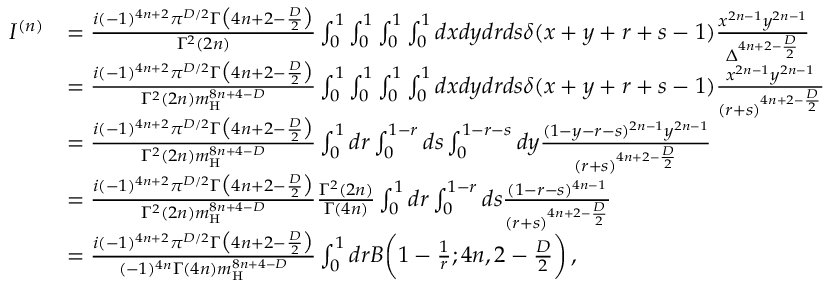
\begin{array} { r l } { I ^ { ( n ) } } & { = \frac { i ( - 1 ) ^ { 4 n + 2 } \pi ^ { D / 2 } \Gamma \big ( 4 n + 2 - \frac { D } { 2 } \big ) } { \Gamma ^ { 2 } ( 2 n ) } \int _ { 0 } ^ { 1 } \int _ { 0 } ^ { 1 } \int _ { 0 } ^ { 1 } \int _ { 0 } ^ { 1 } d x d y d r d s \delta ( x + y + r + s - 1 ) \frac { x ^ { 2 n - 1 } y ^ { 2 n - 1 } } { \Delta ^ { 4 n + 2 - \frac { D } { 2 } } } } \\ & { = \frac { i ( - 1 ) ^ { 4 n + 2 } \pi ^ { D / 2 } \Gamma \big ( 4 n + 2 - \frac { D } { 2 } \big ) } { \Gamma ^ { 2 } ( 2 n ) m _ { \mathrm { H } } ^ { 8 n + 4 - D } } \int _ { 0 } ^ { 1 } \int _ { 0 } ^ { 1 } \int _ { 0 } ^ { 1 } \int _ { 0 } ^ { 1 } d x d y d r d s \delta ( x + y + r + s - 1 ) \frac { x ^ { 2 n - 1 } y ^ { 2 n - 1 } } { ( r + s ) ^ { 4 n + 2 - \frac { D } { 2 } } } } \\ & { = \frac { i ( - 1 ) ^ { 4 n + 2 } \pi ^ { D / 2 } \Gamma \big ( 4 n + 2 - \frac { D } { 2 } \big ) } { \Gamma ^ { 2 } ( 2 n ) m _ { \mathrm { H } } ^ { 8 n + 4 - D } } \int _ { 0 } ^ { 1 } d r \int _ { 0 } ^ { 1 - r } d s \int _ { 0 } ^ { 1 - r - s } d y \frac { ( 1 - y - r - s ) ^ { 2 n - 1 } y ^ { 2 n - 1 } } { ( r + s ) ^ { 4 n + 2 - \frac { D } { 2 } } } } \\ & { = \frac { i ( - 1 ) ^ { 4 n + 2 } \pi ^ { D / 2 } \Gamma \big ( 4 n + 2 - \frac { D } { 2 } \big ) } { \Gamma ^ { 2 } ( 2 n ) m _ { \mathrm { H } } ^ { 8 n + 4 - D } } \frac { \Gamma ^ { 2 } ( 2 n ) } { \Gamma ( 4 n ) } \int _ { 0 } ^ { 1 } d r \int _ { 0 } ^ { 1 - r } d s \frac { ( 1 - r - s ) ^ { 4 n - 1 } } { ( r + s ) ^ { 4 n + 2 - \frac { D } { 2 } } } } \\ & { = \frac { i ( - 1 ) ^ { 4 n + 2 } \pi ^ { D / 2 } \Gamma \big ( 4 n + 2 - \frac { D } { 2 } \big ) } { ( - 1 ) ^ { 4 n } \Gamma ( 4 n ) m _ { \mathrm { H } } ^ { 8 n + 4 - D } } \int _ { 0 } ^ { 1 } d r B \bigg ( 1 - \frac { 1 } { r } ; 4 n , 2 - \frac { D } { 2 } \bigg ) \, , } \end{array}